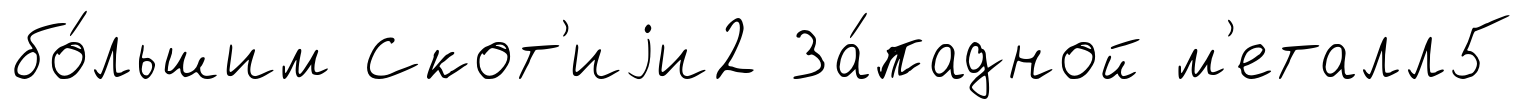
бо́льшим Скот'иjи2 За́падной м'еталл5